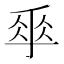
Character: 𠂿